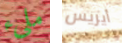
مليء أيريس